Vaccine operations Central Provinces & Berar 1912-1920 - 1912-1920
Year: 1912
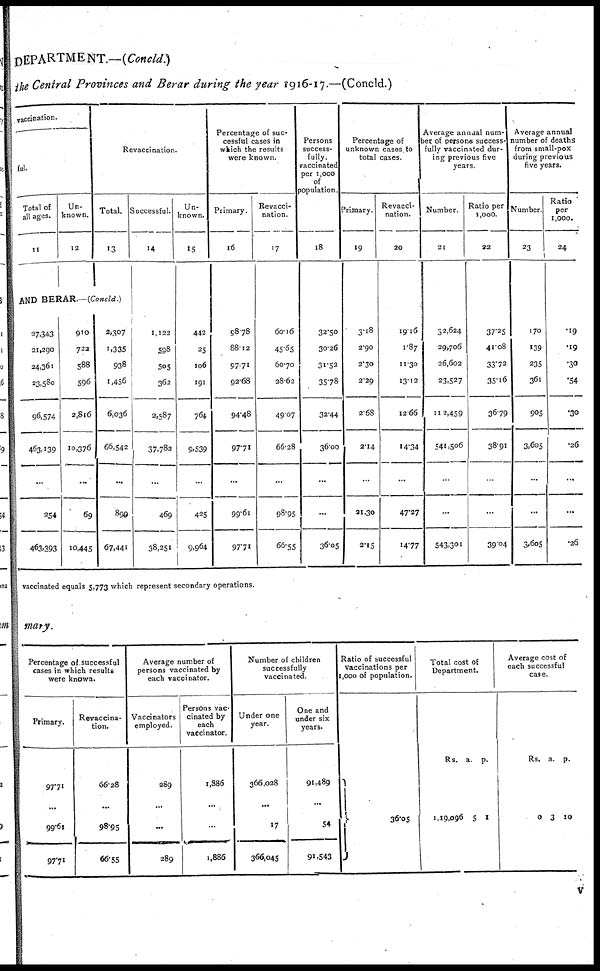
DEPARTMENT.—(Concld.)
the Central Provinces and Berar during the year 1916-17.—(Concld.)
vaccination.
ful.
Total of
all ages.
11
Un-
known.
12
Revaccination.
Total.
13
AND BERAR.—(Concld.)
27,343
21,290
24,361
23,580
96,574
463,139
...
254
463,393
910
722
588
596
2,816
10,376
...
69
10,445
2,307
1,335
938
1,456
6,036
66,542
...
899
67,441
Successful.
14
1,122
598
505
362
2,587
37,782
...
469
38,251
Un-
known.
15
442
25
106
191
764
9,539
...
425
9,964
Percentage of suc-
cessful cases in
which the results
were known.
Primary.
16
98.78
88.12
97.71
92.68
94.48
97.71
...
99.61
97.71
Revacci-
nation.
17
60.16
45.65
60.70
28.62
49.07
66.28
...
98.95
66.55
Persons
success-
fully
vaccinated
per 1,000
of
population.
18
32.50
30.26
31.52
35.78
32.44
36.00
...
...
36.05
Percentage of
unknown cases to
total cases.
Primary.
19
3.18
2.90
2.30
2.29
2.68
2.14
...
21.30
2.15
Revacci-
nation.
20
19.16
1.87
11.30
13.12
12.66
14.34
...
47.27
14.77
Average annual num-
ber of persons success-
fully vaccinated dur-
ing previous five
years.
Number.
21
32,624
29,706
26,602
23,527
112,459
541,506
...
...
543,301
Ratio per
1,000.
22
37.25
41.08
33.72
35.16
36.79
38.91
...
...
39.04
Average annual
number of deaths
from small-pox
during previous
five years.
Number
23
170
139
235
361
905
3,605
...
...
3,605
Ratio
per
1,000.
24
.19
.19
.30
.54
.30
.26
...
...
.26
vaccinated equals 5,773 which represent secondary operations.
mary.
Percentage of successful
cases in which results
were known.
Primary.
97.71
99.61
97.71
Revaccina-
tion.
66.28
98.95
66.55
Average number of
persons vaccinated by
each vaccinator.
Vaccinators
employed.
289
...
289
Persons vac-
cinated by
each
vaccinator.
1,886
...
1,886
Number of children
successfully
vaccinated.
Under one
year.
366,028
17
366,045
One and
under six
years.
91,489
54
91,543
Ratio of successful
vaccinations per
1,000 of population.
36.05
Total cost of
Department.
Rs.
1,19,096
a.
5
p.
1
Average cost of
each successful
case.
Rs.
0
a.
3
p.
10
v